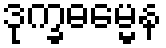
ဒုက္ခဓမ္မေန